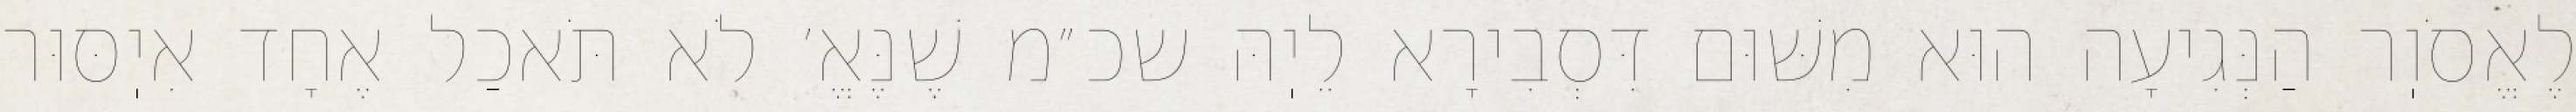
לֶאֱסֹוֽר הַנְּגִיעָה הוּא מִשּׁוּם דִּסְבִירָא לֵיֽהּ שכ״מ שֶׁנֶּאֱ׳ לֹא תֹּאכַל אֶחָד אִיֽסּוּר